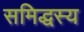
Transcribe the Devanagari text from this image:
समिद्धस्य